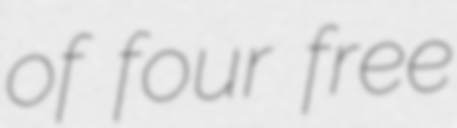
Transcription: of four free